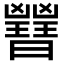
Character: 𣌇